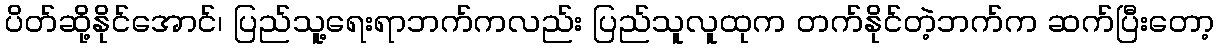
ပိတ်ဆို့နိုင်အောင်၊ ပြည်သူ့ရေးရာဘက်ကလည်း ပြည်သူလူထုက တက်နိုင်တဲ့ဘက်က ဆက်ပြီးတော့